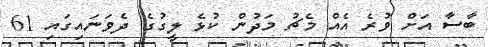
ބާސާ އަށް ވުރެ އެއް މެޗު މަދުން ކުޅެ ލީގުގެ ދެވަނައިގައި 61